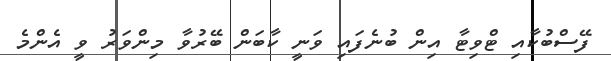
ފޭސްބުކާއި ޓްވިޓާ އިން ބުނެފައި ވަނީ ކާބަން ބޭރުވާ މިންވަރު ވީ އެންމެ